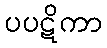
ပပဋိကာ